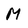
Character: M